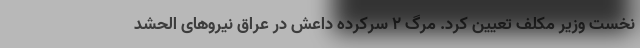
نخست وزیر مکلف تعیین کرد. مرگ 2 سرکرده داعش در عراق نیروهای الحشد